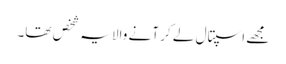
مجھے اسپتال لے کر آنے والا یہ شخص تھا۔